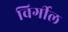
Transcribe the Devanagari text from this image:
विर्गील